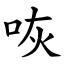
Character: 咴